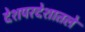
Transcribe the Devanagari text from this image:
देशपरदेशातले